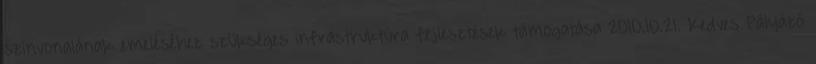
színvonalának emeléséhez szükséges infrastruktúra fejlesztések támogatása 2010.10.21. Kedves Pályázó